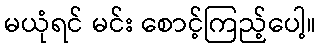
မယုံရင် မင်း စောင့်ကြည့်ပေါ့။